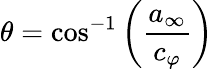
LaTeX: \theta=\cos^{-1}\left(\frac{a_{\infty}}{c_{\varphi}}\right)